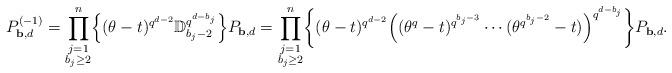
LaTeX: \begin{align*}P_{{\bf b},d}^{(-1)}&=\prod_{\substack{j=1\\ b_j\geq 2}}^{n}\Bigl\{(\theta-t)^{q^{d-2}}\mathbb{D}_{b_j-2}^{q^{d-b_j}}\Bigr\}P_{{\bf b},d}=\prod_{\substack{j=1\\ b_j\geq 2}}^{n}\biggl\{(\theta-t)^{q^{d-2}}\Bigl((\theta^q-t)^{q^{b_j-3}}\cdots(\theta^{q^{b_j-2}}-t)\Bigr)^{q^{d-b_j}} \biggr\}P_{{\bf b}, d}.\end{align*}